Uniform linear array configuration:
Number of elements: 48
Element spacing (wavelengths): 0.75
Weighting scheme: kaiser
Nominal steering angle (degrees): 30
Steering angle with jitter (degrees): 30.45
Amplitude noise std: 0.05
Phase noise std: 0.05

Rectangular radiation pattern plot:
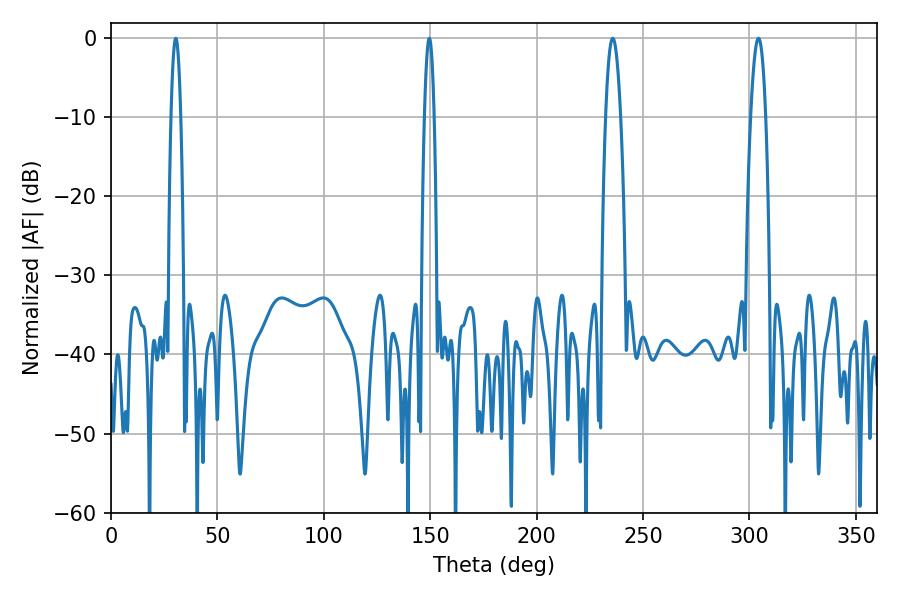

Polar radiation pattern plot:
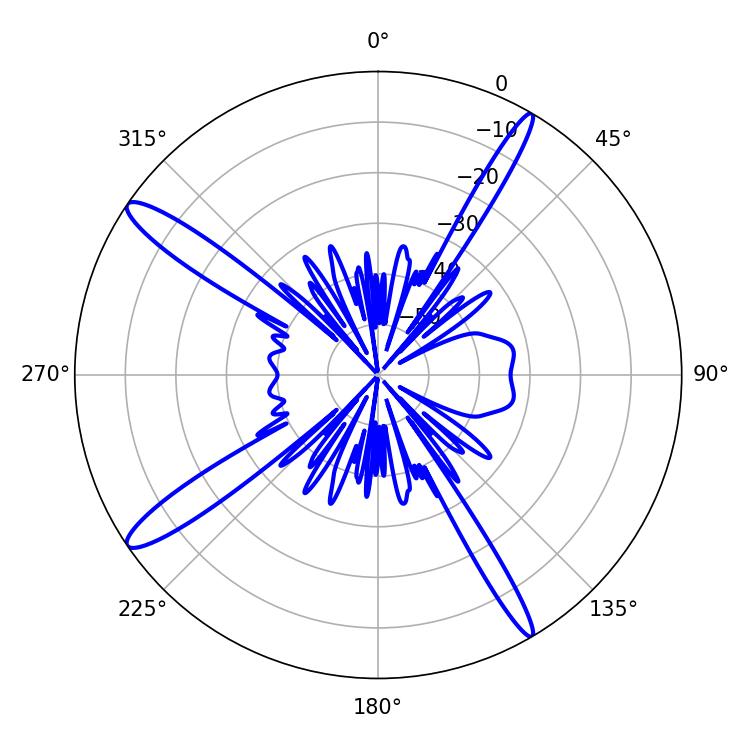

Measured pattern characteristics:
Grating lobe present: TRUE
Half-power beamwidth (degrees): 2.52
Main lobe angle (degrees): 30.42